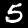
Digit: 5